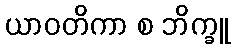
ယာဝတိကာ စ ဘိက္ခူ